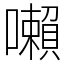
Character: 𡃤